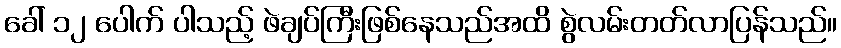
ခေါ် ၁၂ ပေါက် ပါသည့် ဖဲချပ်ကြီးဖြစ်နေသည်အထိ စွဲလမ်းတတ်လာပြန်သည်။